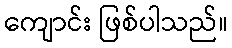
ကျောင်း ဖြစ်ပါသည်။